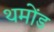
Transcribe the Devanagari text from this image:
थमोंड